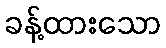
ခန့်ထားသော